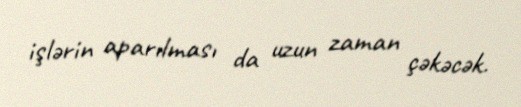
işlərin aparılması da uzun zaman çəkəcək.